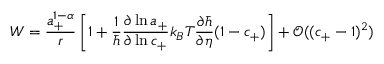
W = \frac { a _ { + } ^ { 1 - \alpha } } { r } \left[ 1 + \frac { 1 } { \bar { h } } \frac { \partial \ln { a _ { + } } } { \partial \ln { c _ { + } } } k _ { B } T \frac { \partial \bar { h } } { \partial \eta } ( 1 - c _ { + } ) \right] + \mathcal { O } ( ( c _ { + } - 1 ) ^ { 2 } )